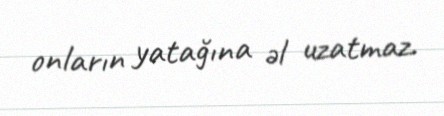
onların yatağına əl uzatmaz.